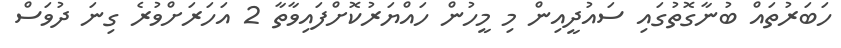
ހަބަރުތައް ބުނާގޮތުގައި ސައުދީއިން މި މީހުން ހައްޔަރުކޮށްފައިވާތާ 2 އަހަރަށްވުރެ ގިނަ ދުވަސް